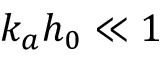
k _ { a } h _ { 0 } \ll 1